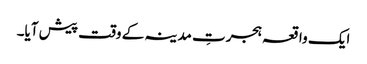
ایک واقعہ ہجرتِ مدینہ کے وقت پیش آیا۔